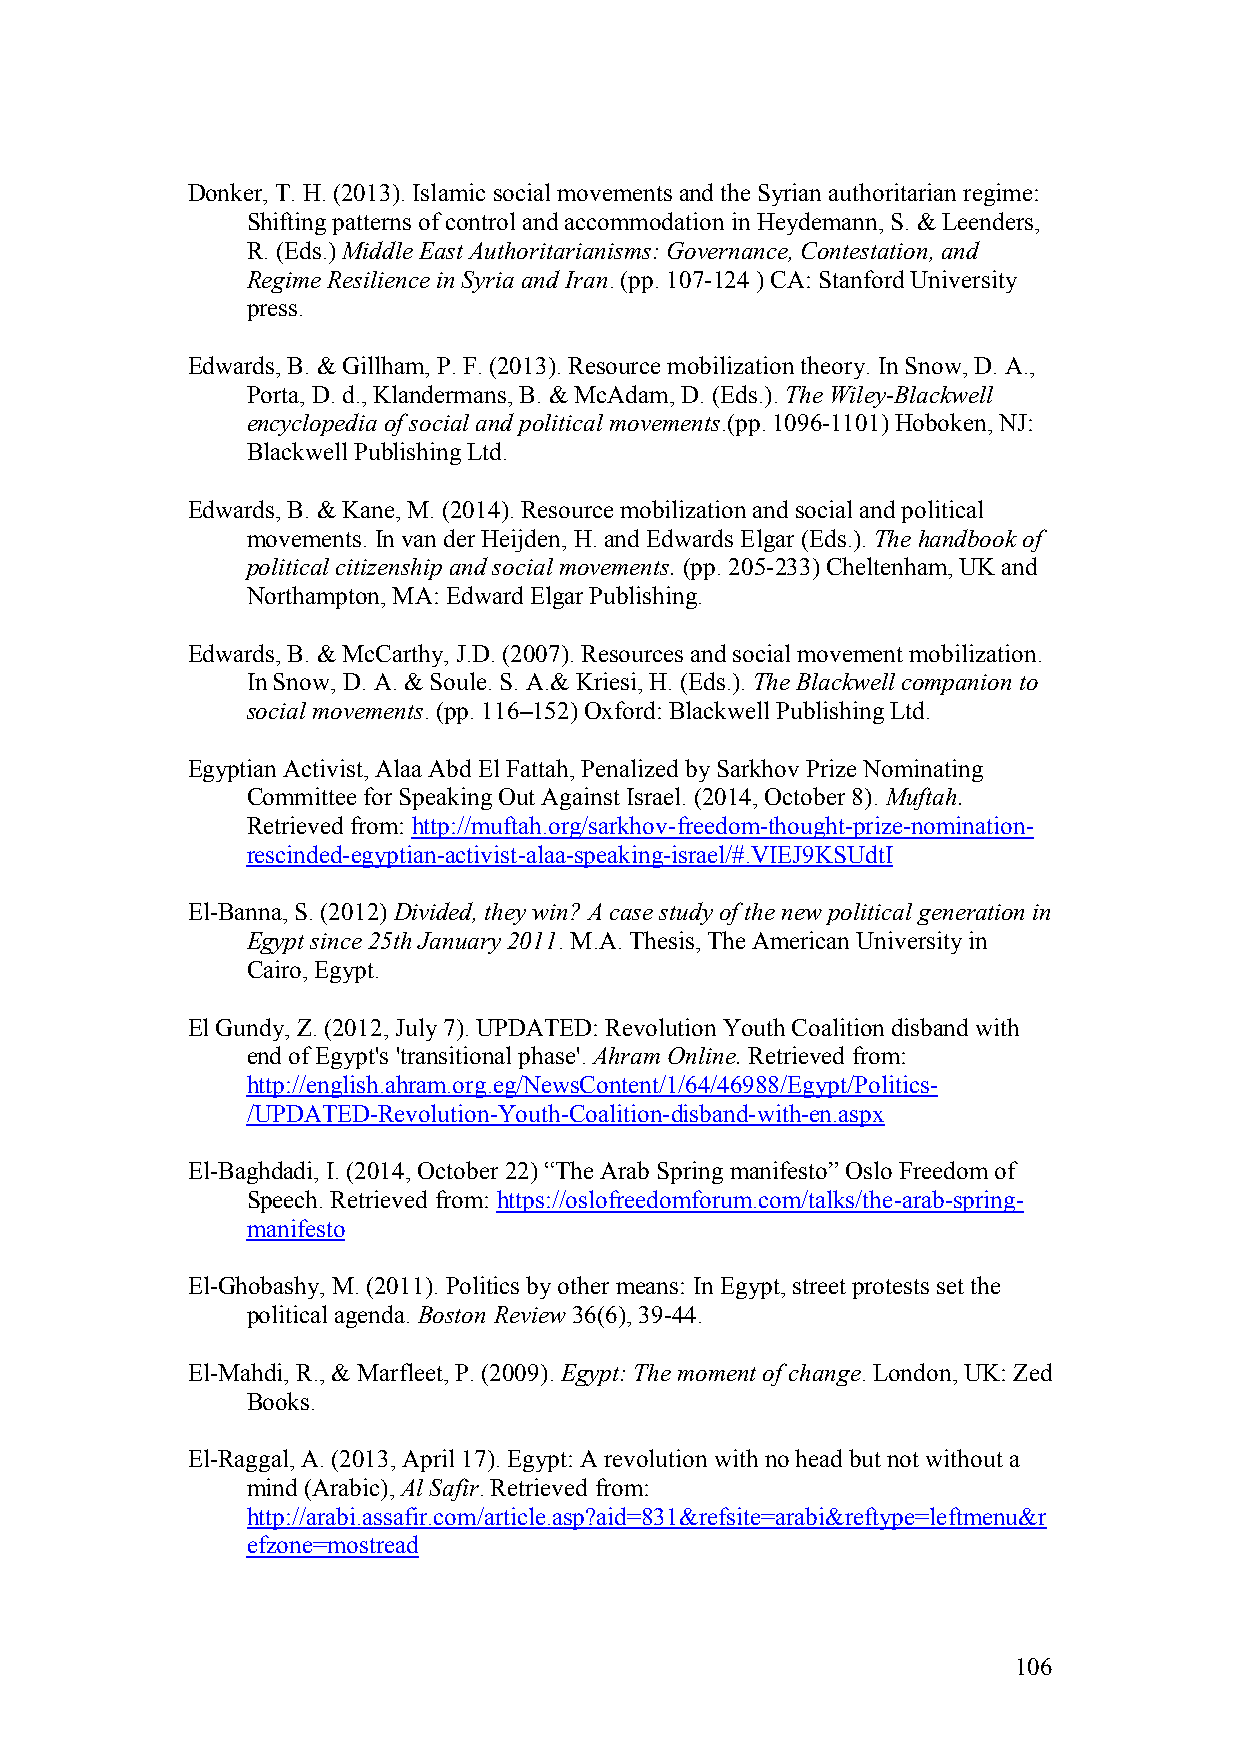
Donker, T. H. (2013). Islamic social movements and the Syrian authoritarian regime:
 Shifting patterns of control and accommodation in Heydemann, S. & Leenders,
 R. (Eds.) Middle East Authoritarianisms: Governance, Contestation, and
 Regime Resilience in Syria and Iran. (pp. 107-124 ) CA: Stanford University
 press.
 Edwards, B. & Gillham, P. F. (2013). Resource mobilization theory. In Snow, D. A.,
 Porta, D. d., Klandermans, B. & McAdam, D. (Eds.). The Wiley-Blackwell
 encyclopedia of social and political movements.(pp. 1096-1101) Hoboken, NJ:
 Blackwell Publishing Ltd.
 Edwards, B. & Kane, M. (2014). Resource mobilization and social and political
 movements. In van der Heijden, H. and Edwards Elgar (Eds.). The handbook of
 political citizenship and social movements. (pp. 205-233) Cheltenham, UK and
 Northampton, MA: Edward Elgar Publishing.
 Edwards, B. & McCarthy, J.D. (2007). Resources and social movement mobilization.
 In Snow, D. A. & Soule. S. A.& Kriesi, H. (Eds.). The Blackwell companion to
 social movements. (pp. 116–152) Oxford: Blackwell Publishing Ltd.
 Egyptian Activist, Alaa Abd El Fattah, Penalized by Sarkhov Prize Nominating
 Committee for Speaking Out Against Israel. (2014, October 8). Muftah.
 Retrieved from: http://muftah.org/sarkhov-freedom-thought-prize-nomination-
 rescinded-egyptian-activist-alaa-speaking-israel/#.VIEJ9KSUdtI
 El-Banna, S. (2012) Divided, they win? A case study of the new political generation in
 Egypt since 25th January 2011. M.A. Thesis, The American University in
 Cairo, Egypt.
 El Gundy, Z. (2012, July 7). UPDATED: Revolution Youth Coalition disband with
 end of Egypt's 'transitional phase'. Ahram Online. Retrieved from:
 http://english.ahram.org.eg/NewsContent/1/64/46988/Egypt/Politics-
 /UPDATED-Revolution-Youth-Coalition-disband-with-en.aspx
 El-Baghdadi, I. (2014, October 22) “The Arab Spring manifesto” Oslo Freedom of
 Speech. Retrieved from: https://oslofreedomforum.com/talks/the-arab-spring-
 manifesto
 El-Ghobashy, M. (2011). Politics by other means: In Egypt, street protests set the
 political agenda. Boston Review 36(6), 39-44.
 El-Mahdi, R., & Marfleet, P. (2009). Egypt: The moment of change. London, UK: Zed
 Books.
 El-Raggal, A. (2013, April 17). Egypt: A revolution with no head but not without a
 mind (Arabic), Al Safir. Retrieved from:
 http://arabi.assafir.com/article.asp?aid=831&refsite=arabi&reftype=leftmenu&r
 efzone=mostread
 106